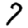
Digit: 7